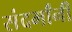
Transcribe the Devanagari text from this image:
संदर्भांनी